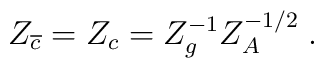
Z_{\overline{c}}=Z_{c}=Z_{g}^{-1}Z_{A}^{-1/2}\;.